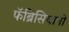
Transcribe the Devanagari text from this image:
फॅब्रिसियानो